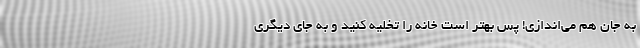
به جان هم می‌اندازی! پس بهتر است خانه را تخلیه کنید و به جای دیگری